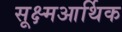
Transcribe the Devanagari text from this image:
सूक्ष्मआर्थिक